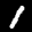
Label: 1